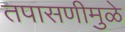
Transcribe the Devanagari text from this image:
तपासणीमुळे